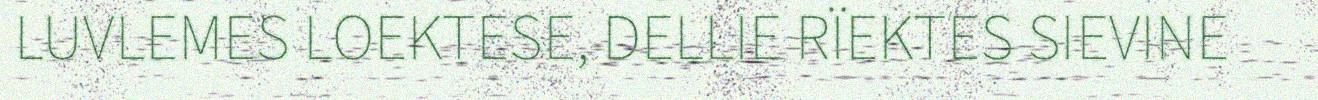
LUVLEMES LOEKTESE, DELLIE RÏEKTES SIEVINE